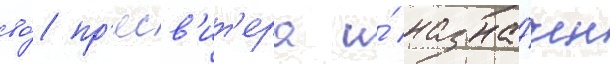
во́ пр'есв'ит'ера и́ назна́чен